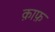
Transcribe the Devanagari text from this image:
क़ाफ़